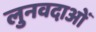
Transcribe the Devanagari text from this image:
लुनवदाओं